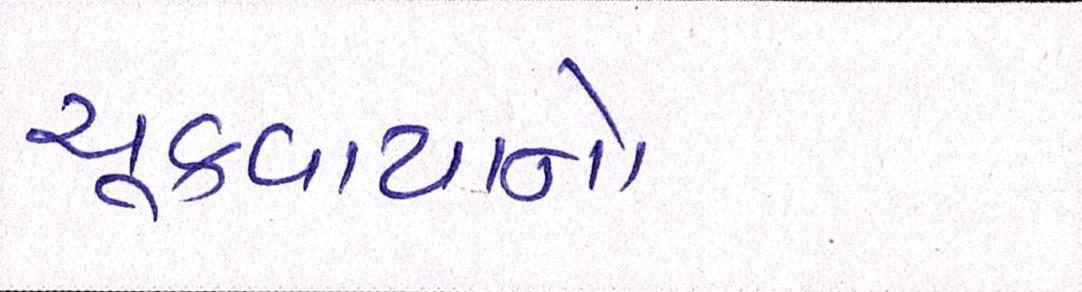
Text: ચૂકવાયાનો